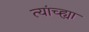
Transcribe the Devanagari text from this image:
त्यांच्ह्या